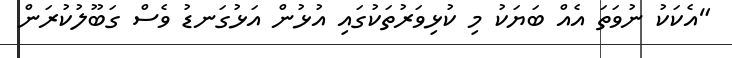
"އެކަކު ނުވަތަ އެއް ބަޔަކު މި ކުޅިވަރުތަކުގައި އުޅުން އަޅުގަނޑު ވެސް ގަބޫލުކުރަން